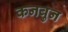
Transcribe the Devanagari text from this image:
कनबुन